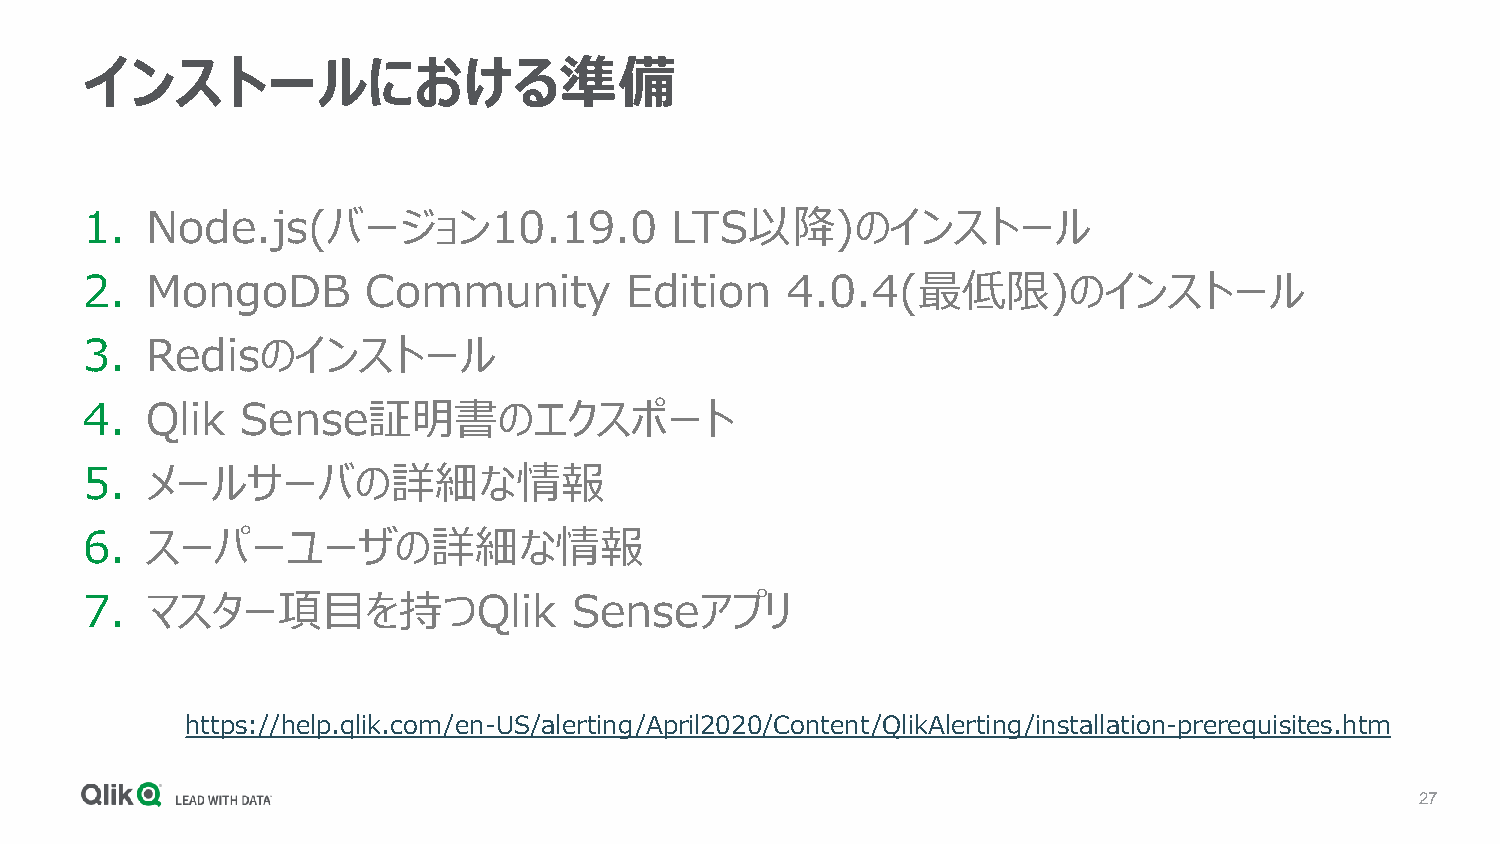
インストールにおける準備
 1.   Node.js(バージョン10.19.0              LTS以降)のインストール
 2.   MongoDB       Community        Edition    4.0.4(最低限)のインストール
 3.   Redisのインストール
 4.   Qlik  Sense証明書のエクスポート
 5.   メールサーバの詳細な情報
 6.   スーパーユーザの詳細な情報
 7.   マスター項目を持つQlik               Senseアプリ
 https://help.qlik.com/en-US/alerting/April2020/Content/QlikAlerting/installation-prerequisites.htm
 27